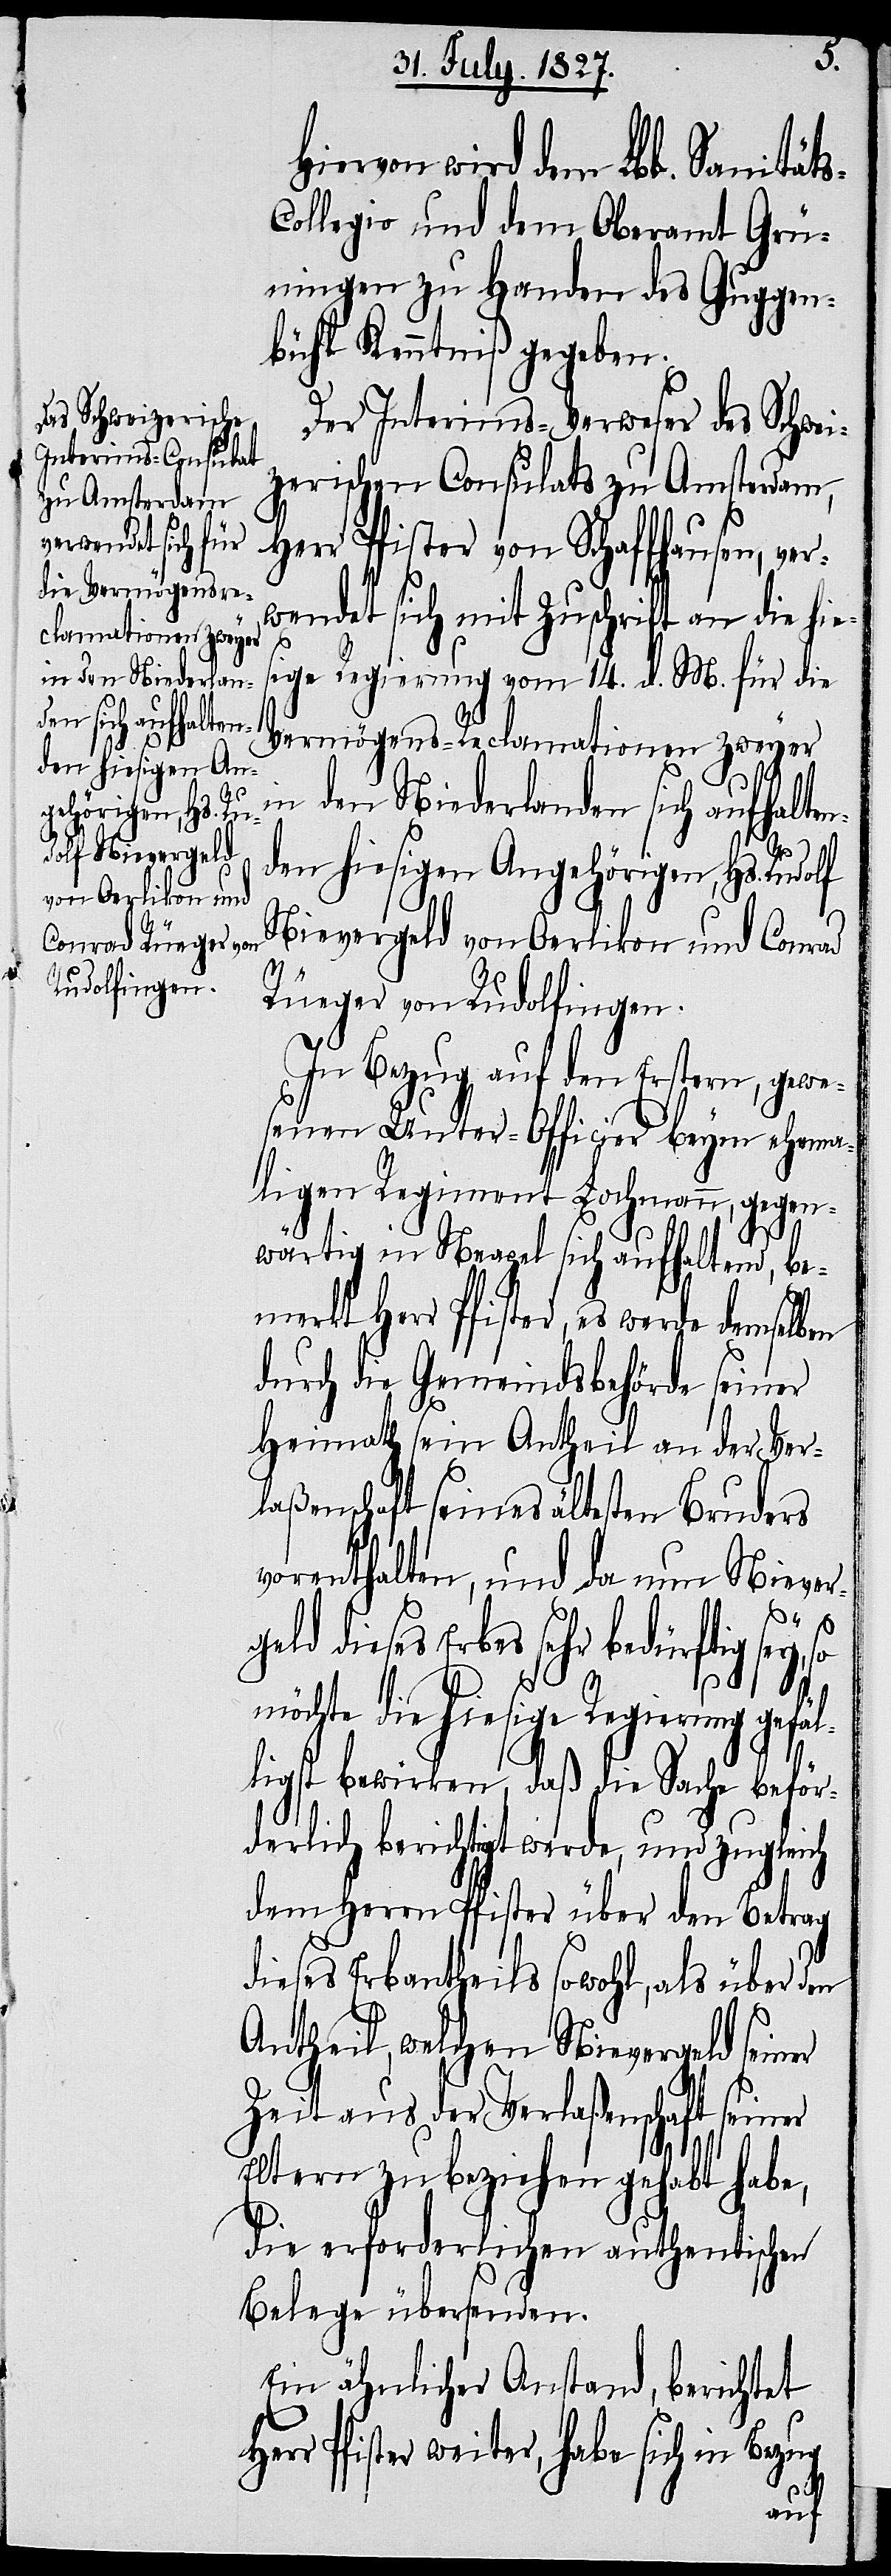
in den Niederland¬
en sich aufhalten¬
den hiesigen An¬
gehörigen, Hs. Ru¬
dolf Nievergeld
von Oerlikon und
Conrad Rüeger von
Rudolfingen.

Hiervon wird dem Lbl. Sanität¬
ollegio und dem Oberamt Grü¬
ningen zu Handen des Guggen¬
bühl Kenntniß gegeben.
Der Interims-Verweser des Schwei¬
zerischen Consulats zu Amsterdam,
Herr Pfister von Schaffhausen, ver¬
wendet sich mit Zuschrift an die hie¬
sige Regierung vom 14. d. M. für die
Vermögens-Reclamationen zweyer
In Bezug auf den Ersten, gewe¬
senen Unter-Officier beym ehema¬
ligen Regiment Lochmann, gegen¬
wärtig in Neapel sich aufhaltend, be¬
merkt Herr Pfister, es werde demselben
durch die Gemeindsbehörde seiner
Heimath sein Antheil an der Ver¬
laßenschaft seines ältesten Bruders
vorenthalten, und da nun Niever¬
eld dieses Erbes sehr bedürftig sey,
möchte die hiesige Regierung gefäl¬
H¬
ligst bewirken, daß die Sache beför¬
derlich berichtigt werde, und zugleich
dem Herrn Pfister über den Betrag
dieses Erbantheils sowohl, als über den
Antheil, welchen Nievergeld seiner
Zeit aus der Verlaßenschaft seiner
Eltern zu beziehen gehabt habe,
die erforderlichen authentischen
Belege übersenden.
Ein ähnlicher Anstand, berichtet
err Pfister weiter, habe sich in Bezug
s-C¬